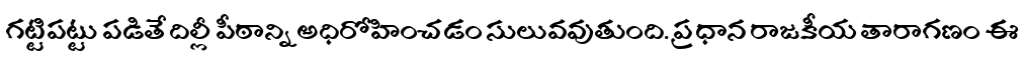
గట్టిపట్టు పడితే దిల్లీ పీఠాన్ని అధిరోహించడం సులువవుతుంది. ప్రధాన రాజకీయ తారాగణం ఈ